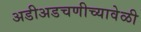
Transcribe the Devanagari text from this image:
अडीअडचणीच्यावेळी